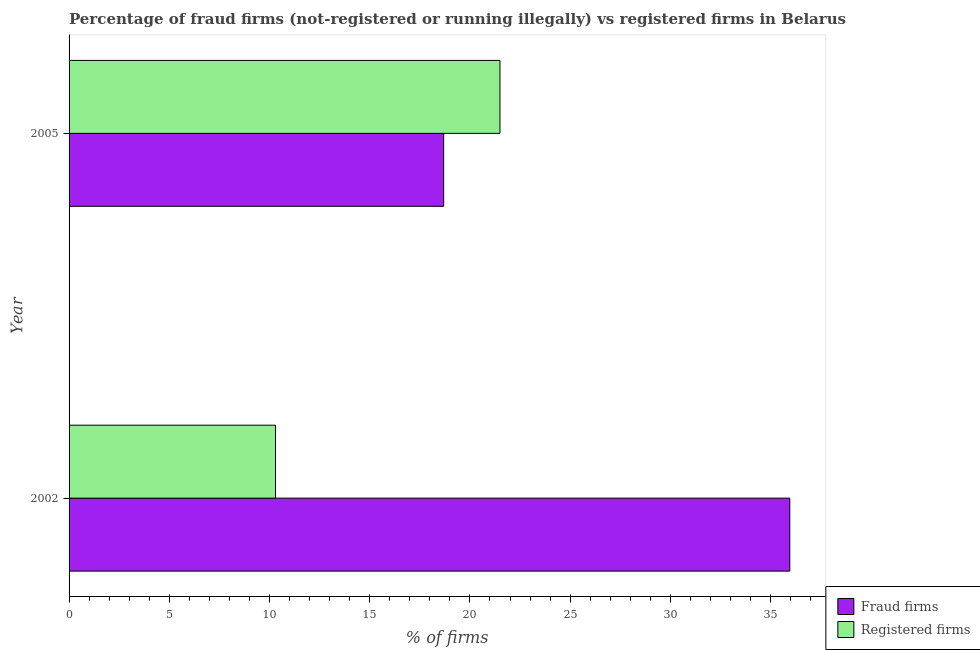
| Year | Fraud firms | Registered firms |
 | --- | --- | --- |
 | 2002 | 36 | 10.3 |
 | 2005 | 18.7 | 21.5 |